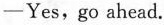
-Yes,go ahead.